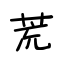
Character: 荒